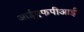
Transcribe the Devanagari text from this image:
आईएफपीआई